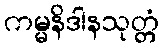
ကမ္မနိဒါနသုတ္တံ